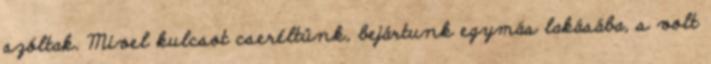
szóltak. Mivel kulcsot cseréltünk, bejártunk egymás lakásába, s volt